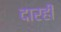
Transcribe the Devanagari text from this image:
दारही